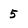
Character: 5